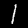
Digit: 1